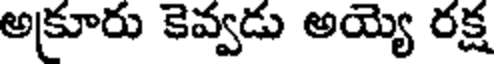
అక్రూరు కెవ్వడు అయ్యె రక్ష